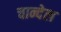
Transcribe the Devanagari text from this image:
चान्देल